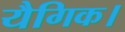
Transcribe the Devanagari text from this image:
यैगिक।